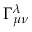
\Gamma _ { \mu \nu } ^ { \lambda }